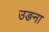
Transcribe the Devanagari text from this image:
उङना